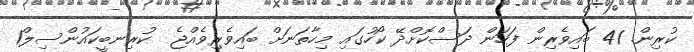
ކުރިން. 41 ބައިވެރިން ފަހަން ދަސްކޮށްދޭ ކޯހުގައި މިހާތަނަށް ބައިވެރިވެއްޖެ  ކުރިނބީކައުންސިލް1